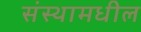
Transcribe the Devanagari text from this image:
संस्थामधील